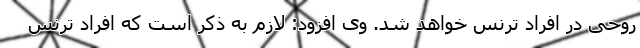
روحی در افراد ترنس خواهد شد. وی افزود: لازم به ذکر است که افراد ترنس